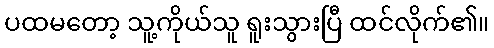
ပထမတော့ သူ့ကိုယ်သူ ရူးသွားပြီ ထင်လိုက်၏။